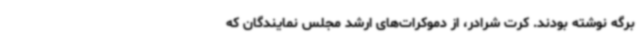
برگه نوشته بودند. کرت شرادر، از دموکرات‌های ارشد مجلس نمایندگان که